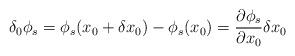
LaTeX: \begin{align*}\delta_0\phi_s=\phi_s(x_0+\delta x_0)-\phi_s(x_0)=\frac{\partial\phi_s}{\partial x_0} \delta x_0\end{align*}